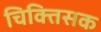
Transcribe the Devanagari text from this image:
चिक्तिसक